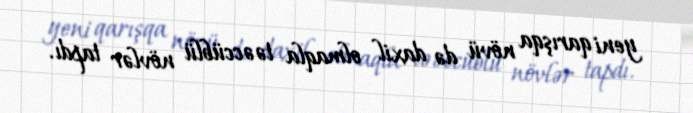
yeni qarışqa növü də daxil olmaqla təəccüblü növlər tapdı.